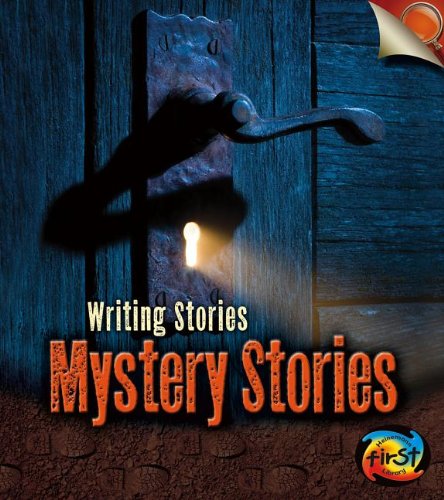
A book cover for Mystery Stories: Writing Stories; Anita Ganeri; Mystery, Thriller & Suspense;